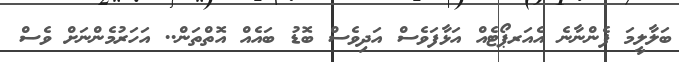
ބަލާލީމަ ފެންނާނެ އެއަރޕޯޓެއް އަޅާފަވެސް އަދިވެސް ބޮޑު ބައެއް އޮތްތަން.. އަހަރުމެންނަށް ވެސް